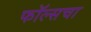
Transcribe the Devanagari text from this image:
फॉल्सचा